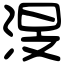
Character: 渂